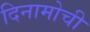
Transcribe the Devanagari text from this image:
दिनामोची